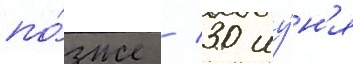
по́зже / 30 иу́н'я